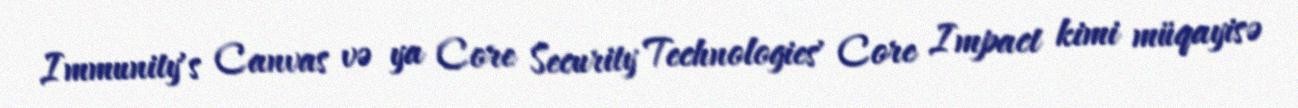
Immunity's Canvas və ya Core Security Technologies' Core Impact kimi müqayisə